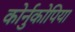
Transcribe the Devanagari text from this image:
कोर्नुकोपिया